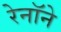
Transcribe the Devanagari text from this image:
रेनॉने